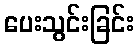
ပေးသွင်းခြင်း